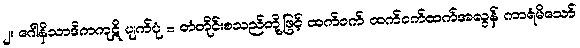
၂။ ဂေါနိသာဒိကကုဋိ ပျက်ပုံ = တံတိုင်းစသည်တို့ဖြင့် ထက်ဝက် ထက်ဝက်ထက်အလွန် ကာရံမိသော်